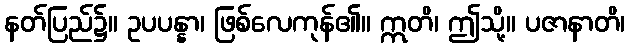
နတ်ပြည်၌။ ဥပပန္နာ၊ ဖြစ်လေကုန်၏။ ဣတိ၊ ဤသို့။ ပဇာနာတိ၊